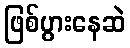
ဖြစ်ပွားနေဆဲ